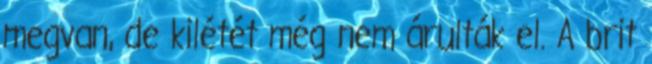
megvan, de kilétét még nem árulták el. A brit